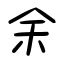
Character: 余